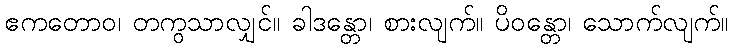
ဧကတောဝ၊ တကွသာလျှင်။ ခါဒန္တော၊ စားလျက်။ ပိဝန္တော၊ သောက်လျက်။